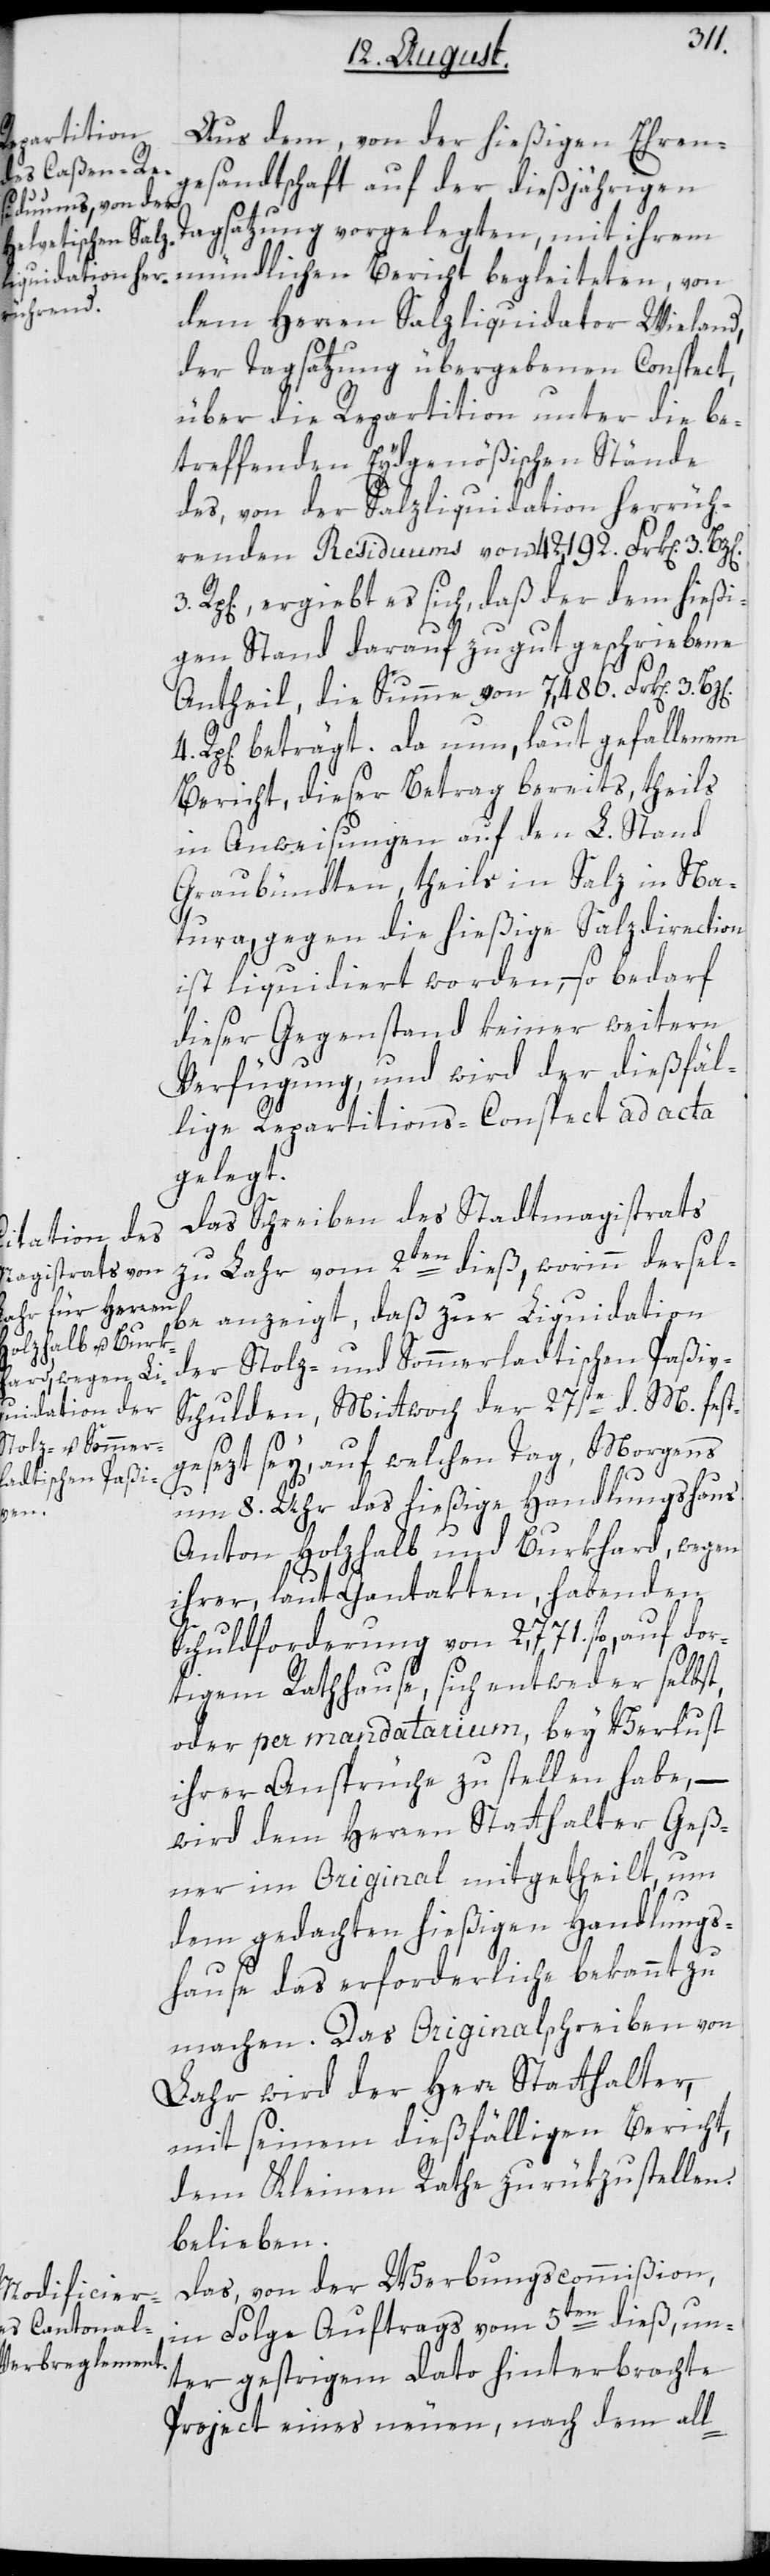
Aus dem, von der hießigen Ehren¬
gesandtschaft auf der dießjährigen
Tagsatzung vorgelegten, mit ihrem
4.
mündlichen Bericht begleiteten, von
dem Herren Salzliquidator Wieland,
der Tagsatzung übergebenen Conspect,
über die Repartition unter die be¬
treffenden Eydgenößischen Stände
des, von der Salzliquidation herrüh¬
renden Residuums von 42,192. Frk[en].
Rp[en]., ergiebt es sich, daß der dem hießi¬
gen Stand darauf zugut geschriebene
Antheil, die Summe von 7,486. Frk[en].
Rp[en]. beträgt. Da nun, laut gefallenem
Bericht, dieser Betrag bereits, theils
in Anweisungen auf den L. Stand
Graubündten, theils in Salz in Na¬
3.
tura, gegen die hießige Salzdirection
ist liquidiert worden, – so bedarf
dieser Gegenstand keiner weitern
Verfügung, und wird der dießfäl¬
lige Repartitions-Conspect ad acta
gelegt.
Das Schreiben des Stadtmagistrats
zu Lahr vom 2ten dieß, worinn dersel¬
be anzeigt, daß zur Liquidation
der Stolz- und Sommerladtischen Paßi¬
v-Schulden, Mittwoch der 27ste d. M. festg¬
esezt sey, auf welchen Tag, Morgens
um 8. Uhr das hießige Handlungshaus
Anton Holzhalb und Burkhard, wegen
ihrer, laut Gantakten, habenden
Schuldforderung von 2,771. fl., auf dor¬
tigem Rathause, sich entweder selbst,
oder per mandatarium, bey Verlust
ihrer Ansprüche zu stellen habe, –
wird dem Herren Statthalter Geß¬
ner im Original mitgetheilt, um
dem gedachten hießigen Handlungs¬
hause das erforderliche bekannt zu
machen. Das Originalschreiben von
Lahr wird der Herr Statthalter,
mit seinem dießfälligen Bericht,
dem Kleinen Rathe zurükzustellen
belieben.
Das, von der Werbungscommißion,
in Folge Auftrags vom 5ten dieß, un¬
ter gestrigem Dato hinterbrachte
Project eines neuen, nach dem all-